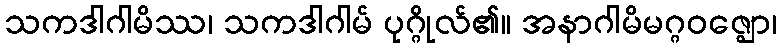
သကဒါဂါမိဿ၊ သကဒါဂါမ် ပုဂ္ဂိုလ်၏။ အနာဂါမိမဂ္ဂဝဇ္ဈော၊